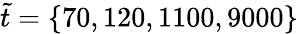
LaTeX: \tilde{t}=\{ 70,120,1100,9000\}